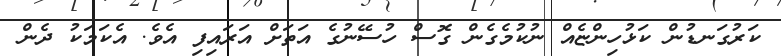
ކަރުގަނޑުން ކަޅުހިންޏެއް ނުކުމެގެން ގޮސް ހުސޭނުގެ އަތަށް އަރައިފި އެވެ. އެކަމަކު ދެން